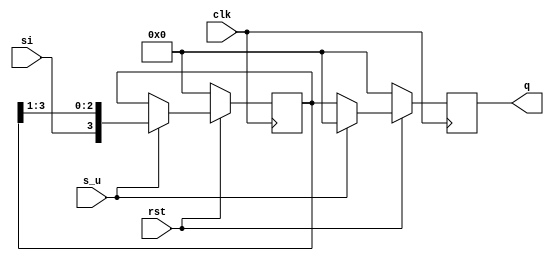
module sipo (
input si,clk,rst,s_u,
output reg [3:0]q);
reg[3:0] temp;

always @(posedge clk)
begin
if(rst == 0)  begin
temp <= 'd0;
q<='d0;
end
else if(s_u == 1) begin
temp<={si,temp[3:1]};
q<='d0;
end
else
q<=temp;
end
endmodule